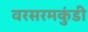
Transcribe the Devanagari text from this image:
वरसरमकुंडी